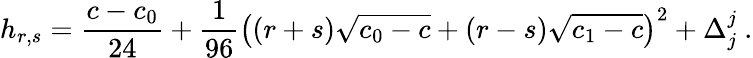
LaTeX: h_{r,s}={\frac{c-c_{0}}{24}}+{\frac{1}{96}}\left((r+s)\sqrt{c_{0}-c}+(r-s)\sqrt{c_{1}-c}\right)^{2}+\Delta_{j}^{j}{}~.